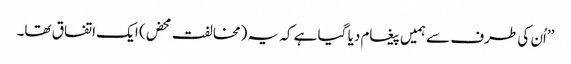
’’اُن کی طرف سے ہمیں پیغام دیا گیا ہے کہ یہ (مخالفت محض) ایک اتفاق تھا۔